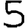
Digit: 5